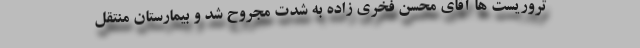
تروریست ها آقای محسن فخری زاده به شدت مجروح شد و بیمارستان منتقل